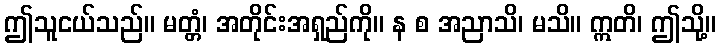
ဤသူငယ်သည်။ မတ္တံ၊ အတိုင်းအရှည်ကို။ န စ အညာသိ၊ မသိ။ ဣတိ၊ ဤသို့။